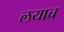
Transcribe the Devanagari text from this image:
लयाच